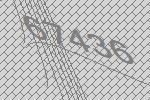
67436